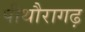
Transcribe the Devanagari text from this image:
पीथौरागढ़